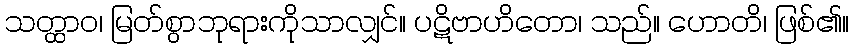
သတ္ထာဝ၊ မြတ်စွာဘုရားကိုသာလျှင်။ ပဋိဗာဟိတော၊ သည်။ ဟောတိ၊ ဖြစ်၏။